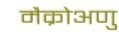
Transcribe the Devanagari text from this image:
मैक्रोअणु